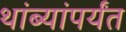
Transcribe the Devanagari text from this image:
थांब्यांपर्यंत